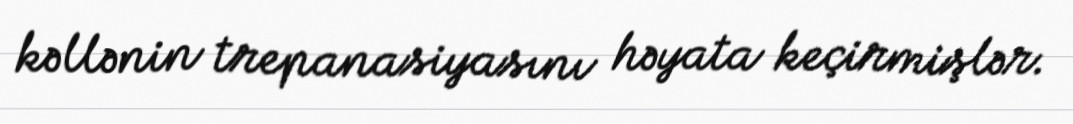
kəllənin trepanasiyasını həyata keçirmişlər.